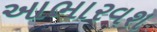
આભારવશ